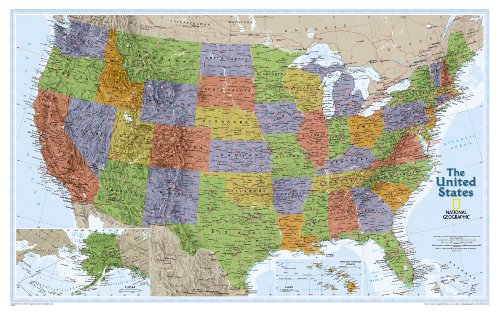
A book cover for United States Explorer [Tubed] (National Geographic Reference Map); National Geographic Maps - Reference; Reference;